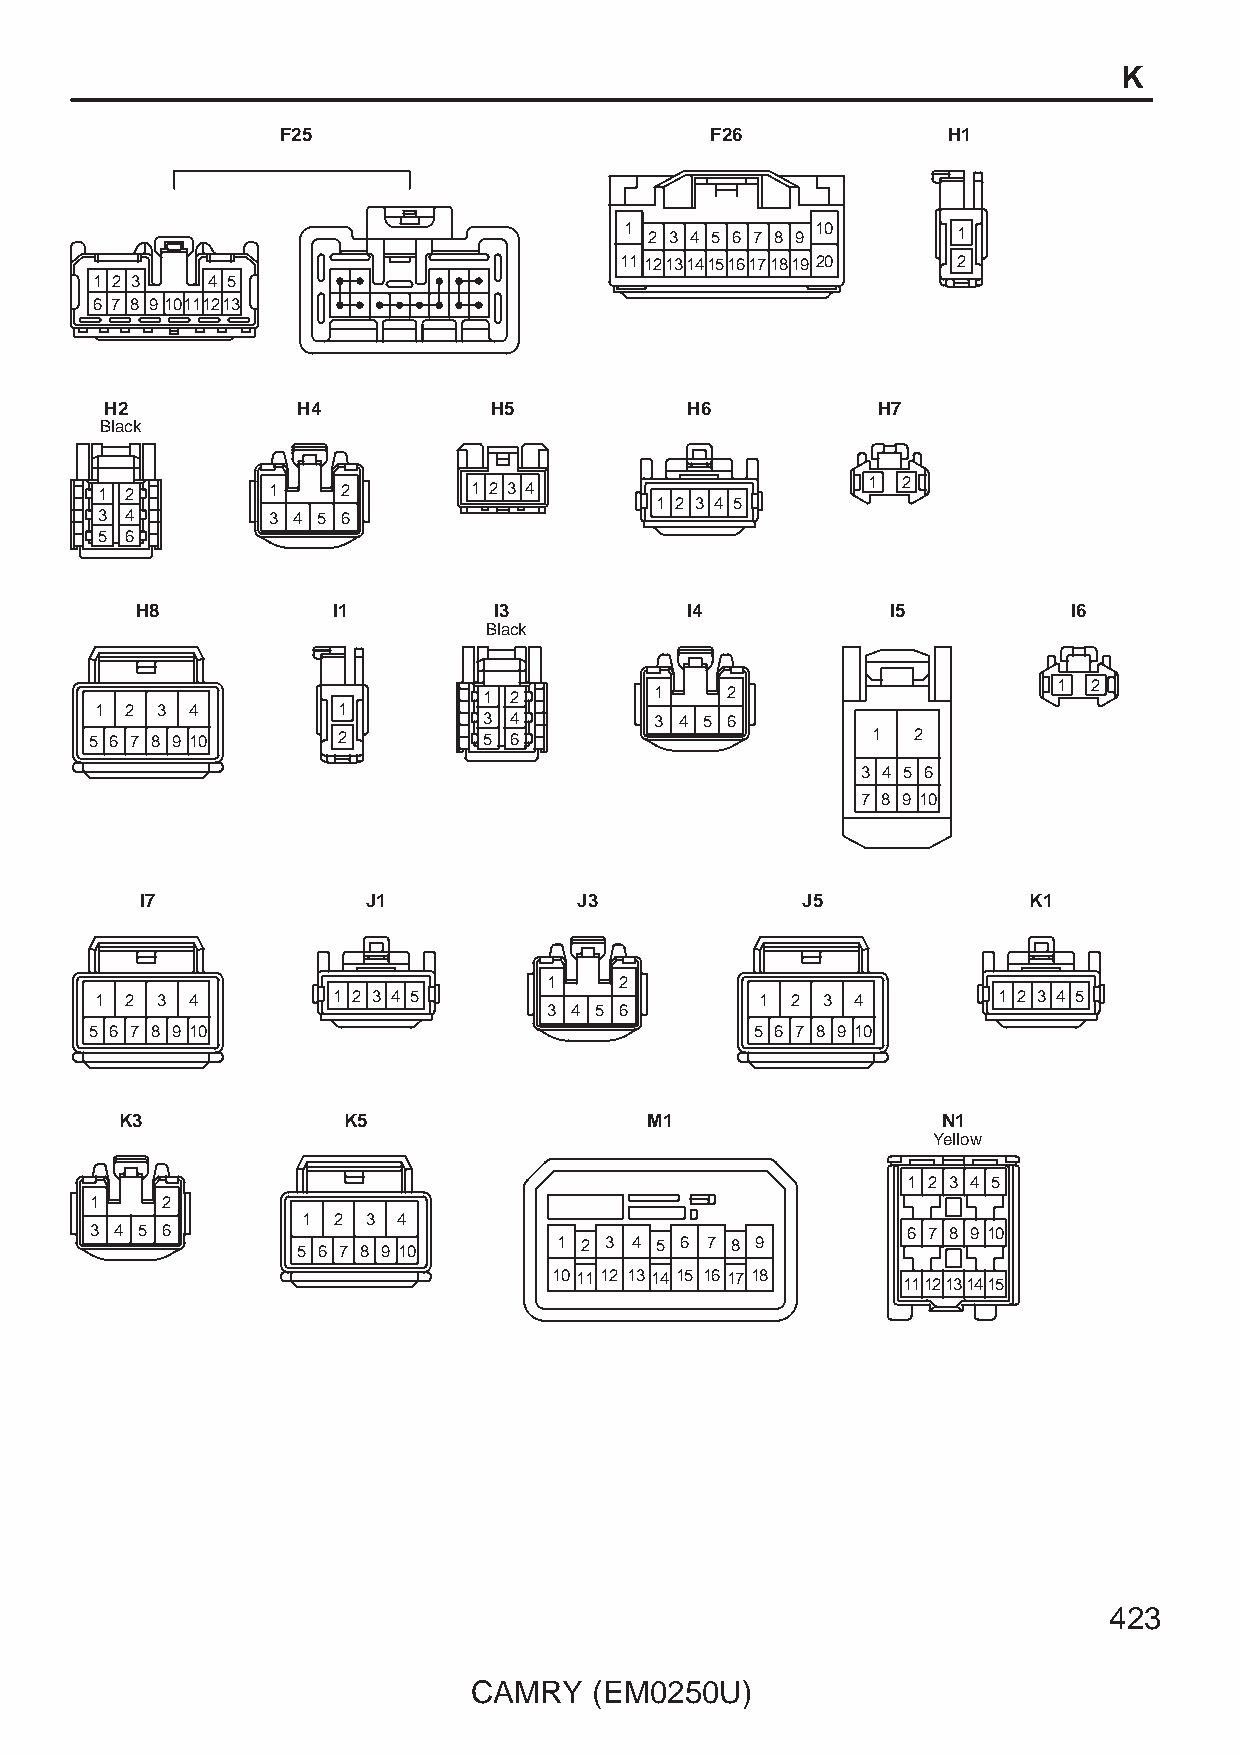
K
 F25                         F26             H1
 1 2 3 4 5 6 7 8 9 10  1
 111213141516171819 20 2
 1 2 3   4 5
 6 7 8 910111213
 H2           H4          H5           H6           H7
 Black
 1 2         1    2       1 2 3 4                   1  2
 1 2 3 4 5
 3 4         3 4 5 6
 5 6
 H8           I1         I3          I4            I5          I6
 Black
 1 2
 1 2        1    2
 1 2 3  4        1
 3 4        3 4 5 6
 5 6 7 8 9 10    2         5 6                       1 2
 3 4 5 6
 7 8 9 10
 I7             J1            J3             J5             K1
 1    2
 1 2 3  4        1 2 3 4 5                   1 2 3  4        1 2 3 4 5
 3 4 5 6
 5 6 7 8 9 10                                5 6 7 8 9 10
 K3             K5                  M1                 N1
 Yellow
 1 2 3 4 5
 1    2
 1 2 3 4
 3 4 5 6                                               6 7 8 9 10
 5 6 7 8 9 10     1 2 3 4 5 6 7 8 9
 101112 131415 161718
 1112131415
 423
 CAMRY   (EM0250U)